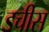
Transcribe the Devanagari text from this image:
डचीस